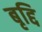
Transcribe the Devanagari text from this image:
बृद्दि